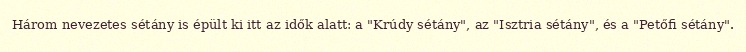
Három nevezetes sétány is épült ki itt az idők alatt: a "Krúdy sétány", az "Isztria sétány", és a "Petőfi sétány".